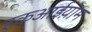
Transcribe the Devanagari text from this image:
इकआईय़ॊम